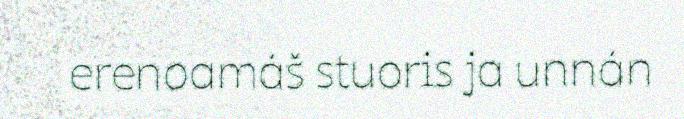
erenoamáš stuoris ja unnán